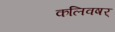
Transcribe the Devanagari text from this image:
कलिवषर्